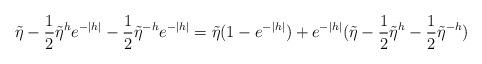
LaTeX: \begin{align*}\tilde\eta-\frac{1}{2}\tilde\eta^he^{-|h|}-\frac{1}{2}\tilde\eta^{-h}e^{-|h|}=\tilde\eta(1-e^{-|h|})+e^{-|h|}(\tilde\eta-\frac{1}{2}\tilde\eta^h-\frac{1}{2}\tilde\eta^{-h})\end{align*}